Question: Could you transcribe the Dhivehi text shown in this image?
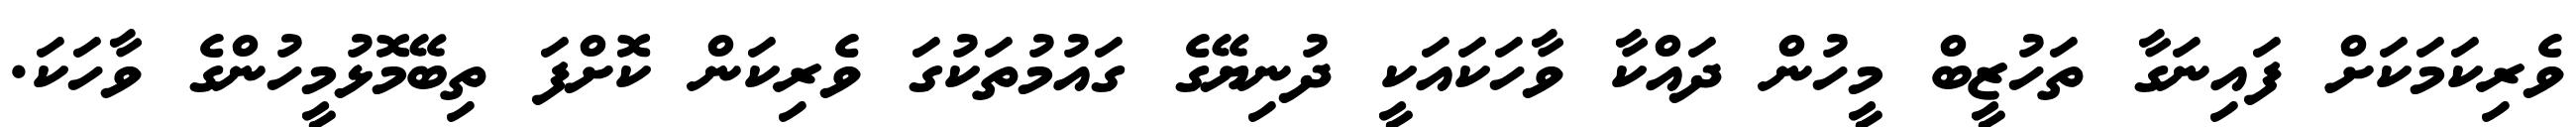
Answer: ވެރިކަމަކަށް ފައިނަގާ ތަހުޒީބް މީހުން ދައްކާ ވާހަކައަކީ ދުނިޔޭގެ ގައުމުތަކުގަ ވެރިކަން ކޮށްފަ ތިބޭމޮޅުމީހުންގެ ވާހަކަ.